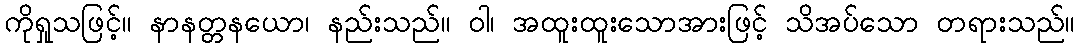
ကိုရှုသဖြင့်။ နာနတ္တနယော၊ နည်းသည်။ ဝါ၊ အထူးထူးသောအားဖြင့် သိအပ်သော တရားသည်။